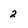
Character: 2